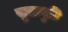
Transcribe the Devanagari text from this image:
सुतानुटि